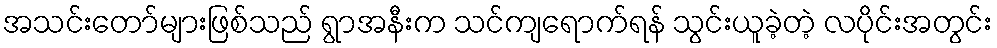
အသင်းတော်များဖြစ်သည် ရွာအနီးက သင်ကျရောက်ရန် သွင်းယူခဲ့တဲ့ လပိုင်းအတွင်း